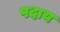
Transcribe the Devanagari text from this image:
पदाय